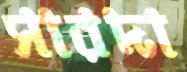
সারদা